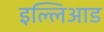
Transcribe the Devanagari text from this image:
इल्लिआड